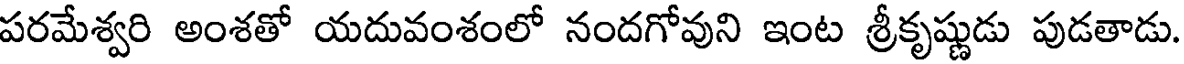
పరమేశ్వరి అంశతో యదువంశంలో నందగోవుని ఇంట శ్రీకృష్ణుడు పుడతాడు